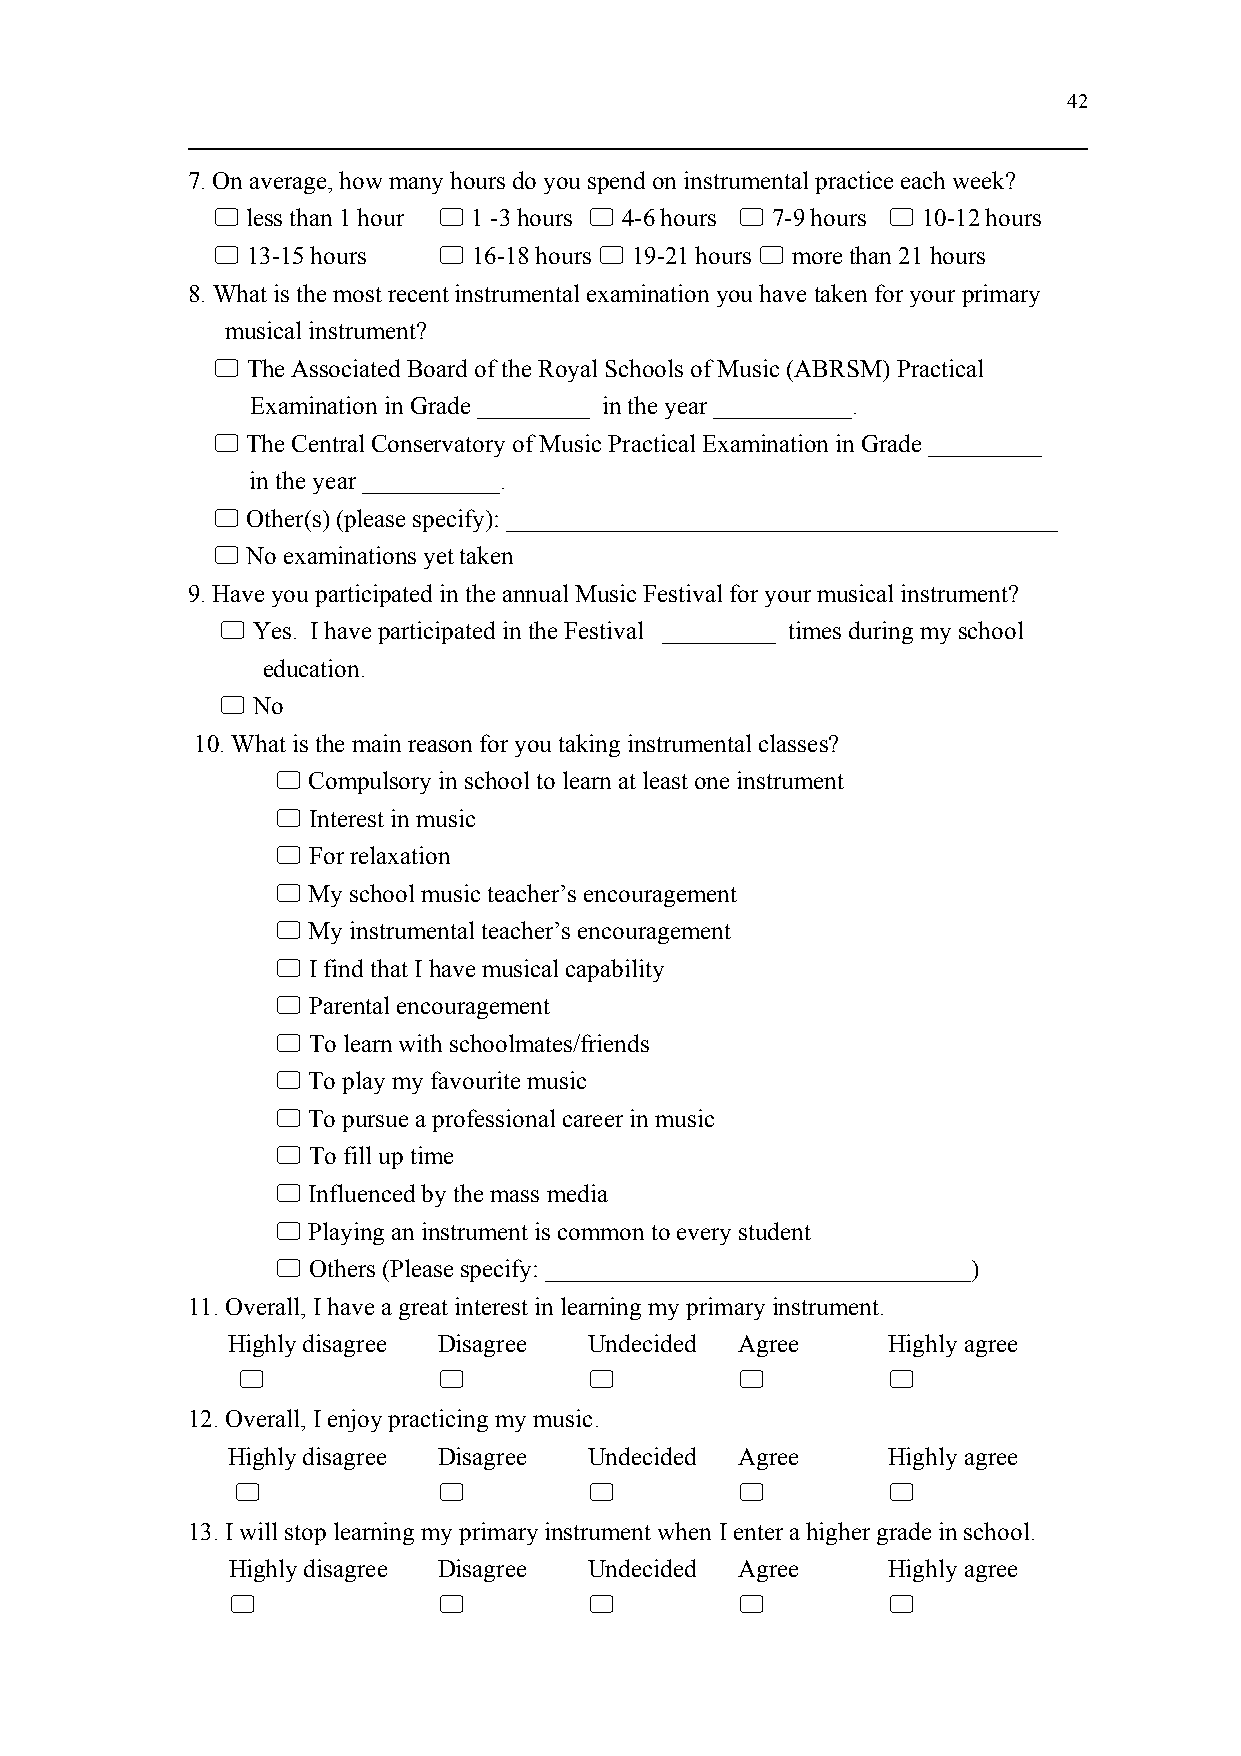
42
 7. On average, how many hours do you spend on instrumental practice each week?
  less than 1 hour  1 -3 hours  4-6 hours  7-9 hours  10-12 hours
  13-15 hours   16-18 hours  19-21 hours  more than 21 hours
 8. What is the most recent instrumental examination you have taken for your primary
 musical instrument?
  The Associated Board of the Royal Schools of Music (ABRSM) Practical
 Examination in Grade _________ in the year ___________.
  The Central Conservatory of Music Practical Examination in Grade _________
 in the year ___________.
  Other(s) (please specify): ____________________________________________
  No examinations yet taken
 9. Have you participated in the annual Music Festival for your musical instrument?
  Yes. I have participated in the Festival _________ times during my school
 education.
  No
 10. What is the main reason for you taking instrumental classes?
  Compulsory in school to learn at least one instrument
  Interest in music
  For relaxation
  My school music teacher’s encouragement
  My instrumental teacher’s encouragement
  I find that I have musical capability
  Parental encouragement
  To learn with schoolmates/friends
  To play my favourite music
  To pursue a professional career in music
  To fill up time
  Influenced by the mass media
  Playing an instrument is common to every student
  Others (Please specify: __________________________________)
 11. Overall, I have a great interest in learning my primary instrument.
 Highly disagree Disagree Undecided Agree    Highly agree
                                        
 12. Overall, I enjoy practicing my music.
 Highly disagree Disagree Undecided Agree    Highly agree
                                         
 13. I will stop learning my primary instrument when I enter a higher grade in school.
 Highly disagree Disagree Undecided Agree    Highly agree
                                         